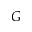
G